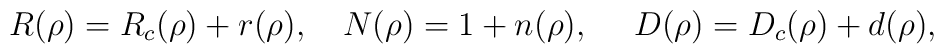
R(\rho)= R_c(\rho) + r(\rho),~~~ N(\rho) = 1 + n(\rho),~~~~ D(\rho) = D_c(\rho) + d(\rho),